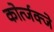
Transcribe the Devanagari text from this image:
कोर्त्जक्जे